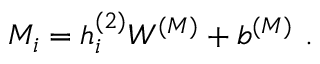
M _ { i } = h _ { i } ^ { ( 2 ) } W ^ { ( M ) } + b ^ { ( M ) } \ .